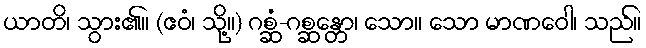
ယာတိ၊ သွား၏။ (ဧဝံ၊ သို့။) ဂစ္ဆံ-ဂစ္ဆန္တော၊ သော။ သော မာဏဝေါ၊ သည်။